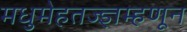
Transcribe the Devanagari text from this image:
मधुमेहतज्ज्ञम्हणून